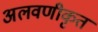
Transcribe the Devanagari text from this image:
अलवणीकृत